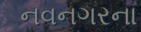
નવનગરના